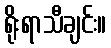
ရိုးရာသီချင်း။